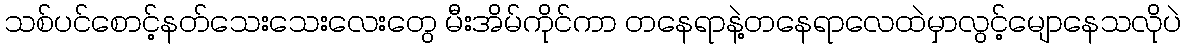
သစ်ပင်စောင့်နတ်သေးသေးလေးတွေ မီးအိမ်ကိုင်ကာ တနေရာနဲ့တနေရာလေထဲမှာလွင့်မျောနေသလိုပဲ